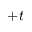
+ t